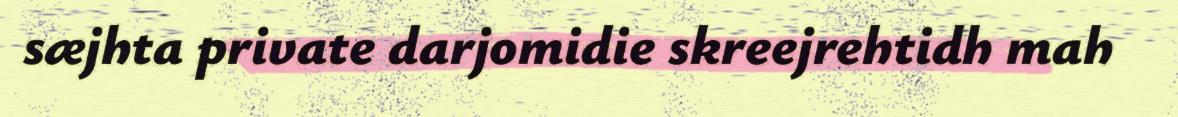
sæjhta private darjomidie skreejrehtidh mah